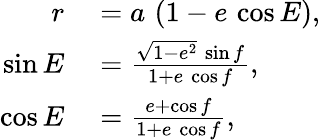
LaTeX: \begin{array}{rl}{r}&{{}=a\, \left(1-e\, \cos E\right),}\\ {\sin E}&{{}=\frac{\sqrt{1-e^{2}}\, \sin f}{1+e\, \cos f},}\\ {\cos E}&{{}=\frac{e+\cos f}{1+e\, \cos f},}\end{array}